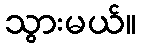
သွားမယ်။